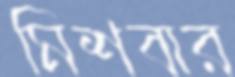
মিশবার